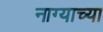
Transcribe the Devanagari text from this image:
नाग्याच्या